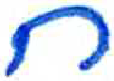
אות: ח